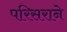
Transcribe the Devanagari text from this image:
परिसराने